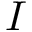
I